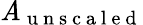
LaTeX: \mathit{A}_{\mathrm{{~u~n~s~c~a~l~e~d~}}}